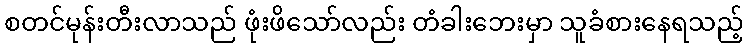
စတင်မုန်းတီးလာသည် ဖုံးဖိသော်လည်း တံခါးဘေးမှာ သူခံစားနေရသည့်